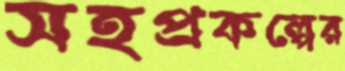
সহপ্রকল্পের